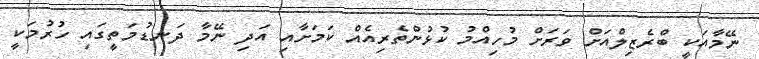
ނޭމާއަކީ ބްރެޒިލްއަށް ވަރަށް މުހިއްމު ކުޅުންތެރިއެއް ކަމަށާއި އަދި ނޭމާ ދަނޑުމަތީގައި ހުރުމަކީ